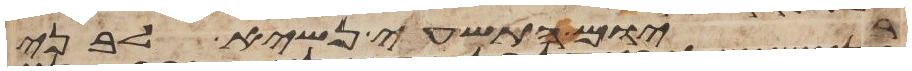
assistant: ביום התשעי נשיא לבני